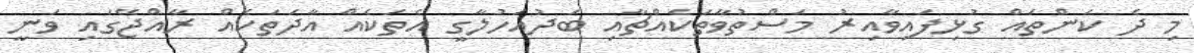
މި ދެ ކަންތައް ގުޅިފައިވާއިރު މަސްތުވާތަކެއްޗާއި ބަދުއަހުލާގީ އެތަކެއް އާދަތަކެއް ރާއްޖޭގައި ވަނީ